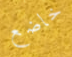
خاضع